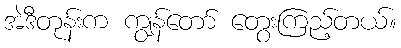
အဲဒီတုန်းက ကျွန်တော် တွေးကြည့်တယ်။